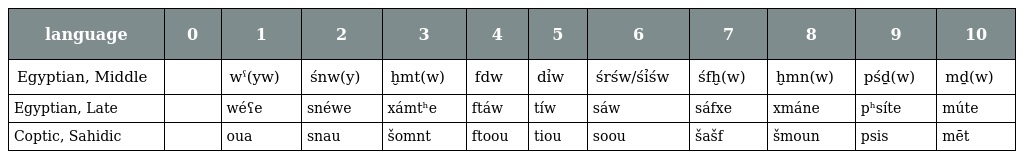
| language | 0 | 1 | 2 | 3 | 4 | 5 | 6 | 7 | 8 | 9 | 10 |
 | --- | --- | --- | --- | --- | --- | --- | --- | --- | --- | --- | --- |
 | Egyptian, Middle |  | wˁ(yw) | śnw(y) | ḫmt(w) | fdw | dỉw | śrśw/śỉśw | śfḫ(w) | ḫmn(w) | pśḏ(w) | mḏ(w) |
 | Egyptian, Late |  | wéʕe | snéwe | xámtʰe | ftáw | tíw | sáw | sáfxe | xmáne | pʰsíte | múte |
 | Coptic, Sahidic |  | oua | snau | šomnt | ftoou | tiou | soou | šašf | šmoun | psis | mēt |